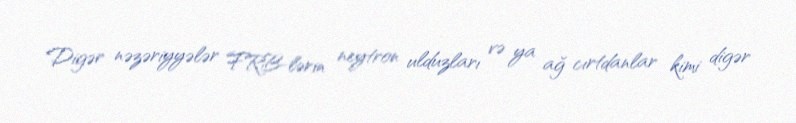
Digər nəzəriyyələr FRB-lərin neytron ulduzları və ya ağ cırtdanlar kimi digər